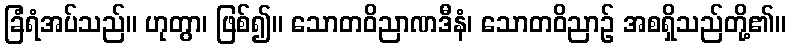
ခြံရံအပ်သည်။ ဟုတွာ၊ ဖြစ်၍။ သောတဝိညာဏဒီနံ၊ သောတဝိညာဉ် အစရှိသည်တို့၏။